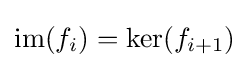
\operatorname {im} (f_{i})=\ker(f_{i+1})